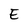
Character: E